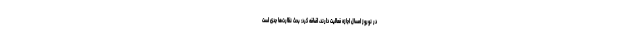
در نوروز امسال اجازه فعالیت دارند، اضافه کرد: بحث نظارت‌ها جدی است